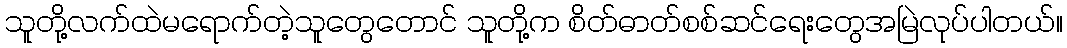
သူတို့လက်ထဲမရောက်တဲ့သူတွေတောင် သူတို့က စိတ်ဓာတ်စစ်ဆင်ရေးတွေအမြဲလုပ်ပါတယ်။